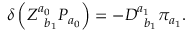
\delta \left( Z _ { \; \; b _ { 1 } } ^ { a _ { 0 } } { \cal P } _ { a _ { 0 } } \right) = - D _ { \; \; b _ { 1 } } ^ { a _ { 1 } } \pi _ { a _ { 1 } } .